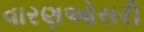
વારણઓસરી